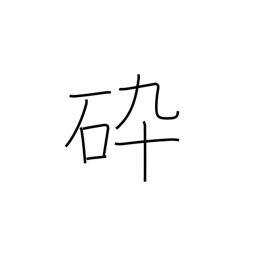
Meaning: familiar